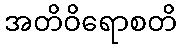
အတိဝိရောစတိ